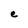
Character: e